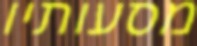
מסעותיו